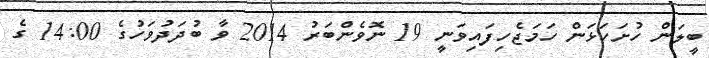
ބީލަން ހުށަހަޅަން ހަމަޖެހިފައިވަނީ 19 ނޮވެންބަރު 2014 ވާ ބުދަދުވަހުގެ 14:00 ގެ